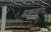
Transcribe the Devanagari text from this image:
प्रकुर्यात